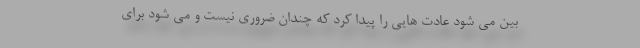
بین می شود عادت هایی را پیدا کرد که چندان ضروری نیست و می شود برای